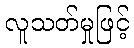
လူသတ်မှုဖြင့်